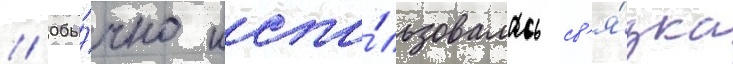
// Обы́чно испо́льзовалась св'я́зка